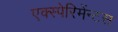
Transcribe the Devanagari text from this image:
एक्स्पेरिमेंन्टस